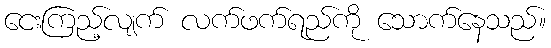
ငေးကြည့်လျက် လက်ဖက်ရည်ကို သောက်နေသည်။